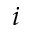
i